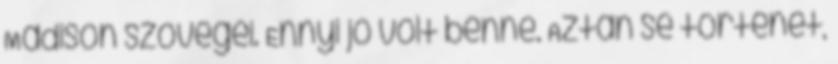
Madison szövegei. Ennyi jó volt benne. Aztán se történet,